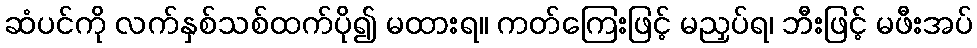
ဆံပင်ကို လက်နှစ်သစ်ထက်ပို၍ မထားရ။ ကတ်ကြေးဖြင့် မညှပ်ရ၊ ဘီးဖြင့် မဖီးအပ်